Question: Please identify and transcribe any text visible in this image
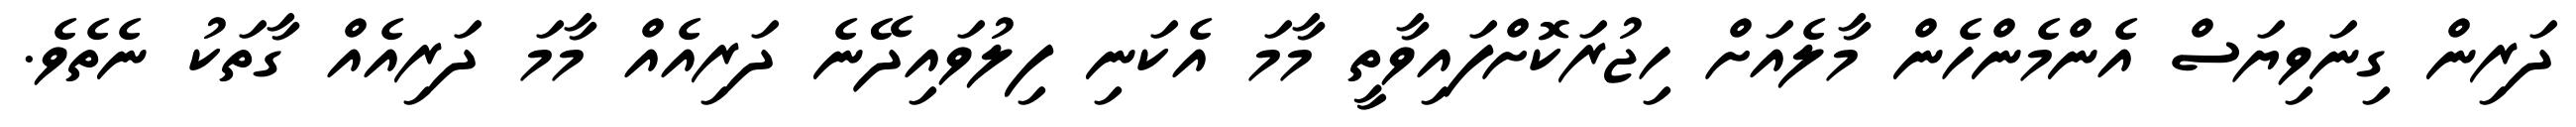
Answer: ދަރިން ގިނަވިޔަސް އެންމެންހެން މާލެއަށް ހިޖުރަކޮށްފައިވާތީ މާމަ އެކަނި ފިލުވައިދޭނެ ދަރިއެއް މާމަ ދަރިއެއް ގާތަކު ނެތެވެ.